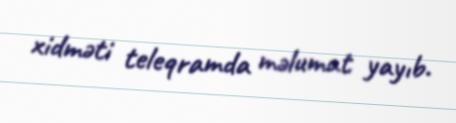
xidməti teleqramda məlumat yayıb.